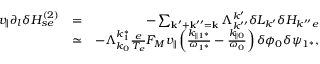
\begin{array} { r l r } { v _ { \parallel } \partial _ { l } \delta H _ { s e } ^ { ( 2 ) } } & { = } & { - \sum _ { \mathbf { k } ^ { \prime } + \mathbf { k } ^ { \prime \prime } = \mathbf { k } } \Lambda _ { k ^ { \prime \prime } } ^ { k ^ { \prime } } \delta L _ { k ^ { \prime } } \delta H _ { k ^ { \prime \prime } e } } \\ & { \simeq } & { - \Lambda _ { k _ { 0 } } ^ { k _ { 1 } ^ { * } } \frac { e } { T _ { e } } F _ { M } v _ { \parallel } \left( \frac { k _ { \parallel 1 ^ { * } } } { \omega _ { 1 ^ { * } } } - \frac { k _ { \parallel 0 } } { \omega _ { 0 } } \right) \delta \phi _ { 0 } \delta \psi _ { 1 ^ { * } } , } \end{array}